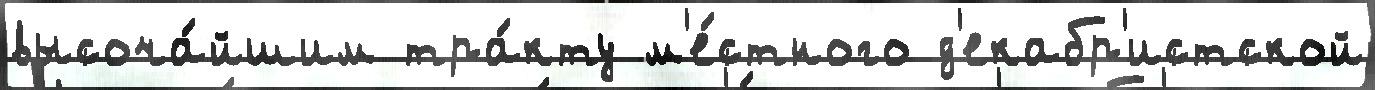
высоча́йшим тра́кту м'е́стного д'екабр'истской